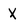
Character: X